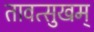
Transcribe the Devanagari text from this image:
तावत्सुखम्